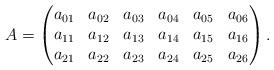
LaTeX: \begin{align*}A=\left(\begin{matrix}a_{01} & a_{02} & a_{03} & a_{04} & a_{05} & a_{06}\\a_{11} & a_{12} & a_{13} & a_{14} & a_{15} & a_{16}\\a_{21} & a_{22} & a_{23} & a_{24} & a_{25} & a_{26}\end{matrix}\right).\end{align*}